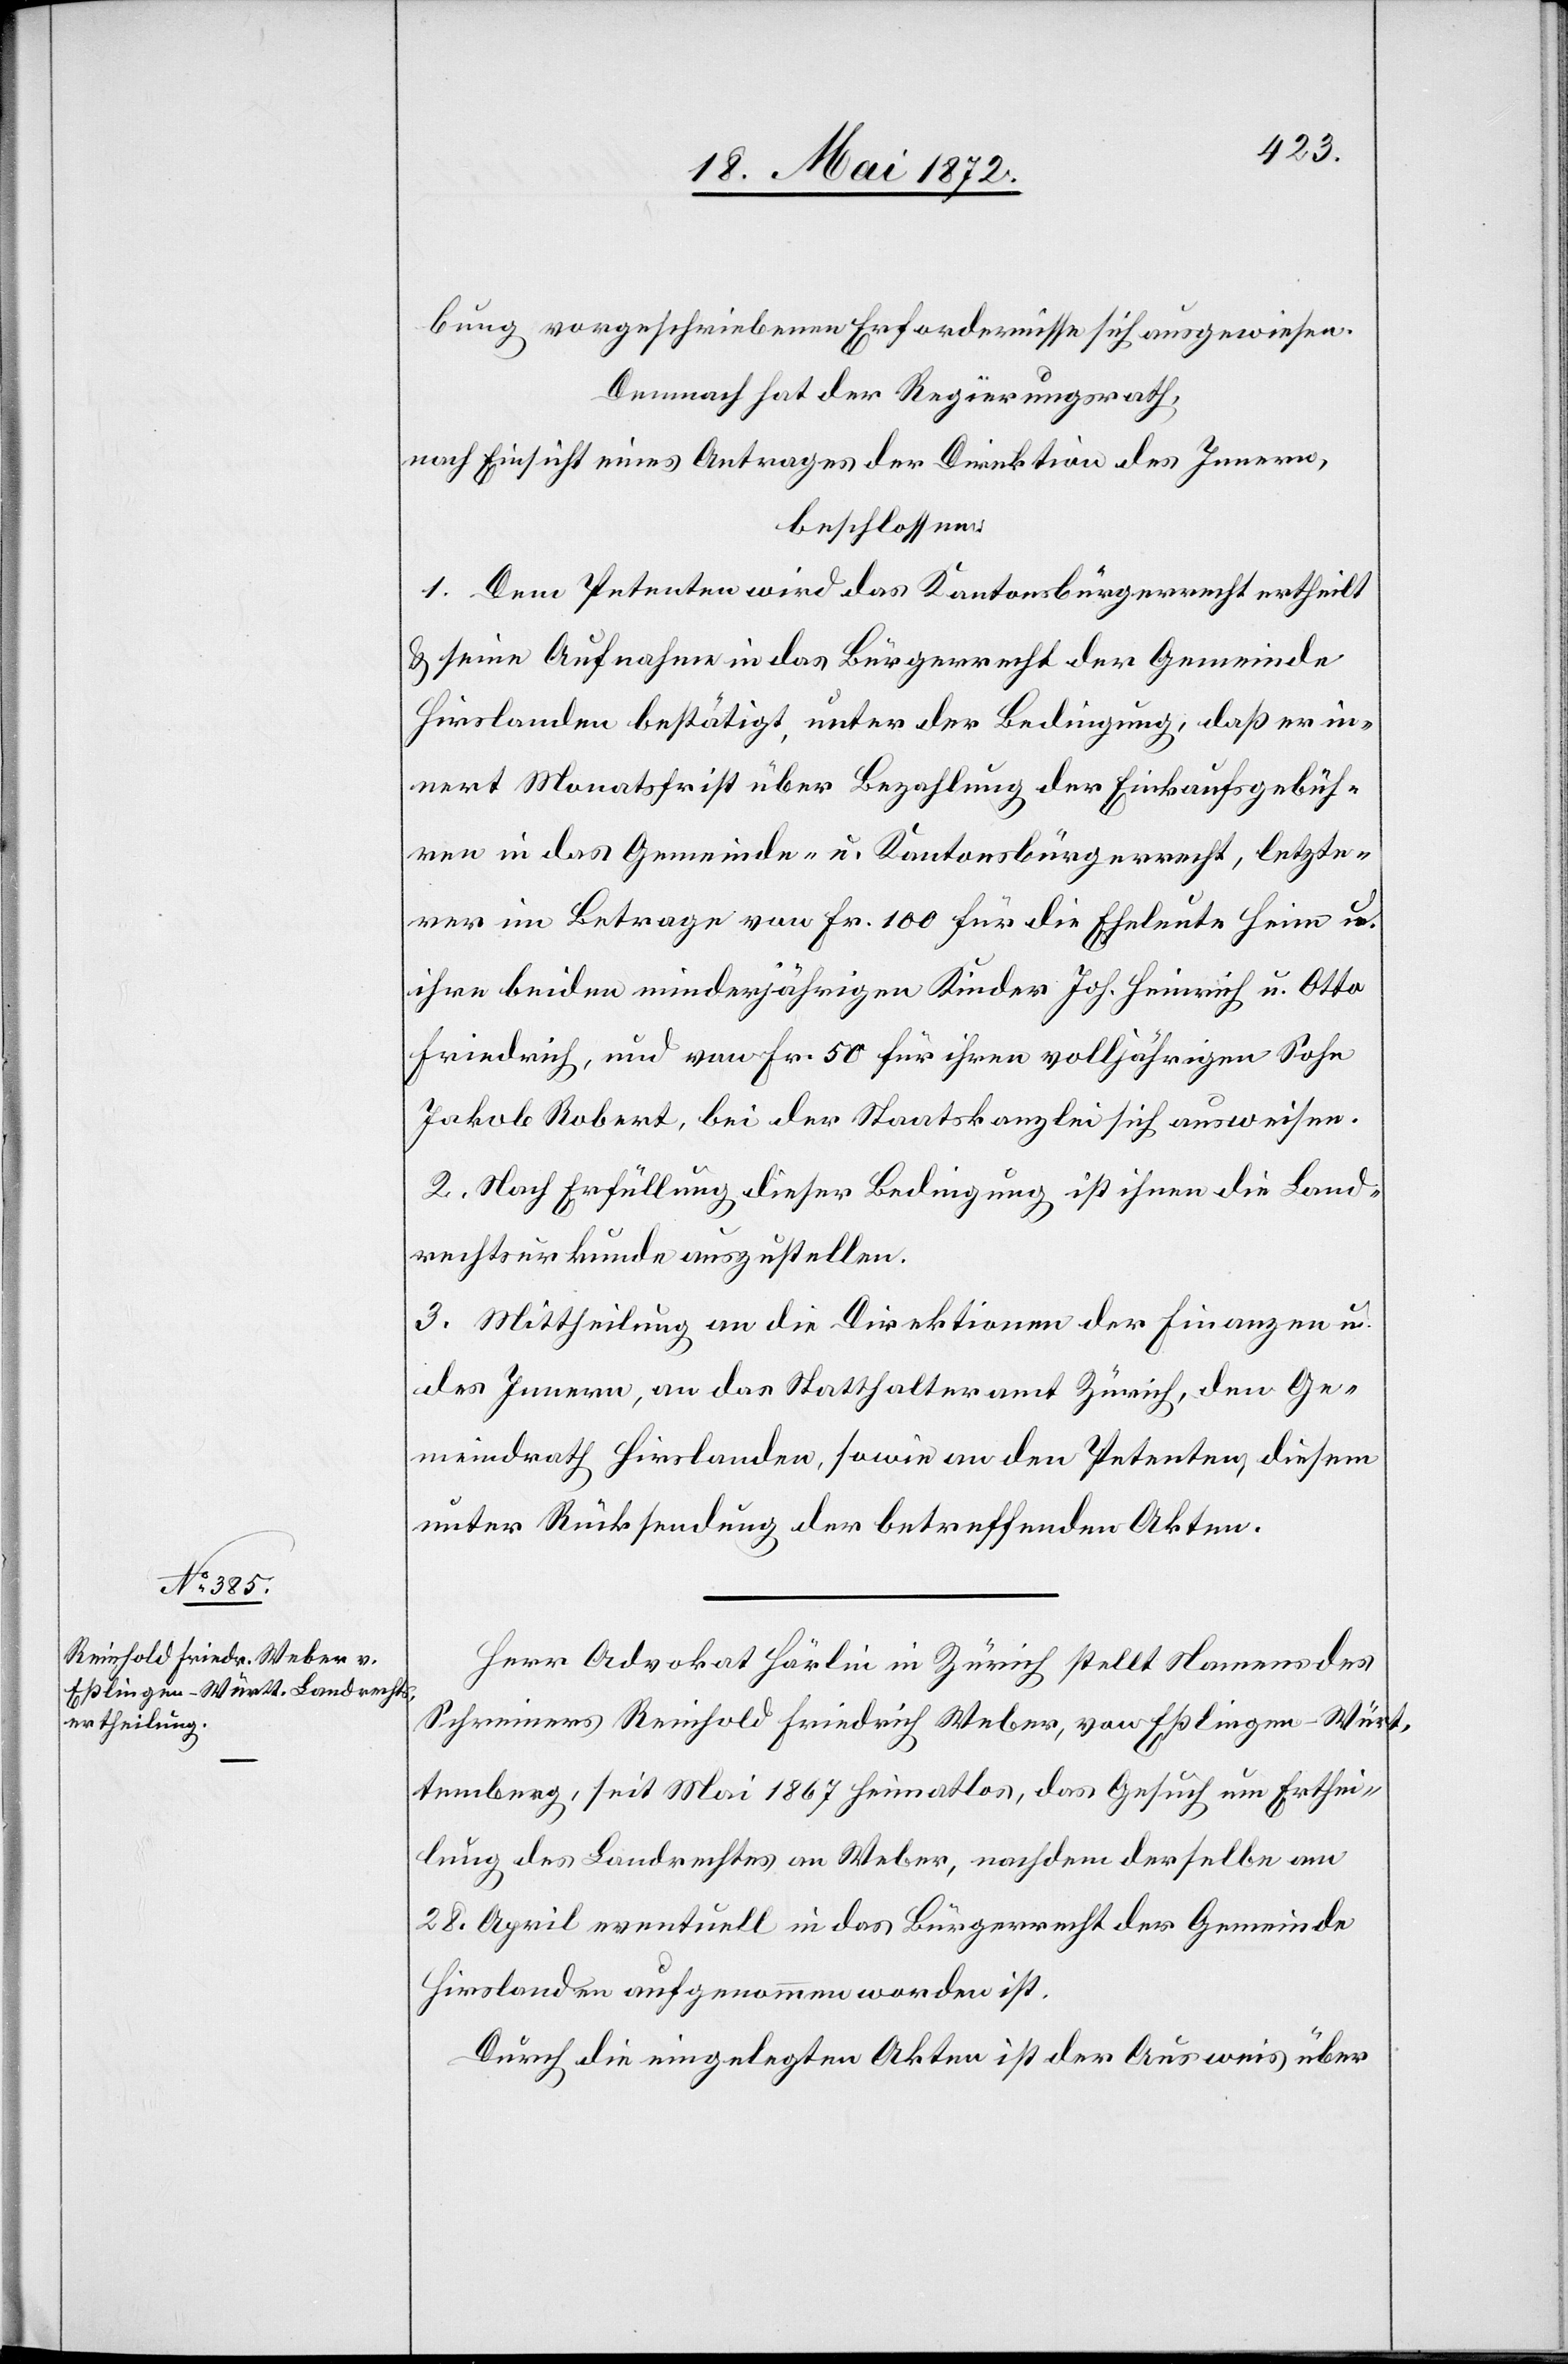
bung vorgeschriebene Erfordernisse sich ausgewiesen.
Demnach hat der Regierungsrath,
nach Einsicht eines Antrages der Direktion des Innern,
beschlossen:
1. Dem Petenten wird das Kantonsbürgerrecht ertheilt
u. seine Aufnahme in das Bürgerrecht der Gemeinde
Hirslanden bestätigt, unter der Bedingung, daß er in¬
nert Monatsfrist über Bezahlung der Einkaufsgebüh¬
ren in das Gemeinde- u. Kantonsbürgerrecht, letzte¬
rer im Betrage von Fr. 100 für die Eheleute Heim u.
ihre beiden minderjährigen Kinder Joh. Heinrich u. Otto
Friedrich, und von Fr. 50 für ihren volljährigen Sohn
Jakob Robert, bei der Staatskanzlei ausweisen.
2. Nach Erfüllung dieser Bedingung ist ihnen die Land¬
rechtsurkunde auszustellen.
3. Mittheilung an die Direktionen der Finanzen u.
des Innern, an das Statthalteramt Zürich den Ge¬
meindrath Hirslanden, sowie an den Petenten, diesem
unter Rücksendung der betreffenden Akten.
Herr Advokat Härlin in Zürich stellt Namens des
Schreiners Reinhold Friedrich Weber, von Eßlingen - Würt¬
temberg, seit Mai 1867 heimatlos, das Gesuch um Erthei¬
lung des Landrechtes an Weber, nachdem derselbe am
28. April eventuell in das Bürgerrecht der Gemeinde
Hirslanden aufgenommen worden ist.
Durch die eingelegten Akten ist der Ausweis über